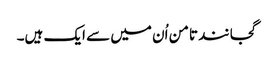
گجانند تامن اُن میں سے ایک ہیں۔